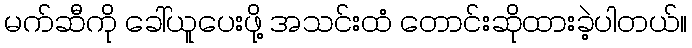
မက်ဆီကို ခေါ်ယူပေးဖို့ အသင်းထံ တောင်းဆိုထားခဲ့ပါတယ်။